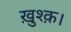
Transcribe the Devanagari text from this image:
ख़ुश्क़।